Juri_Uluots, lk 11
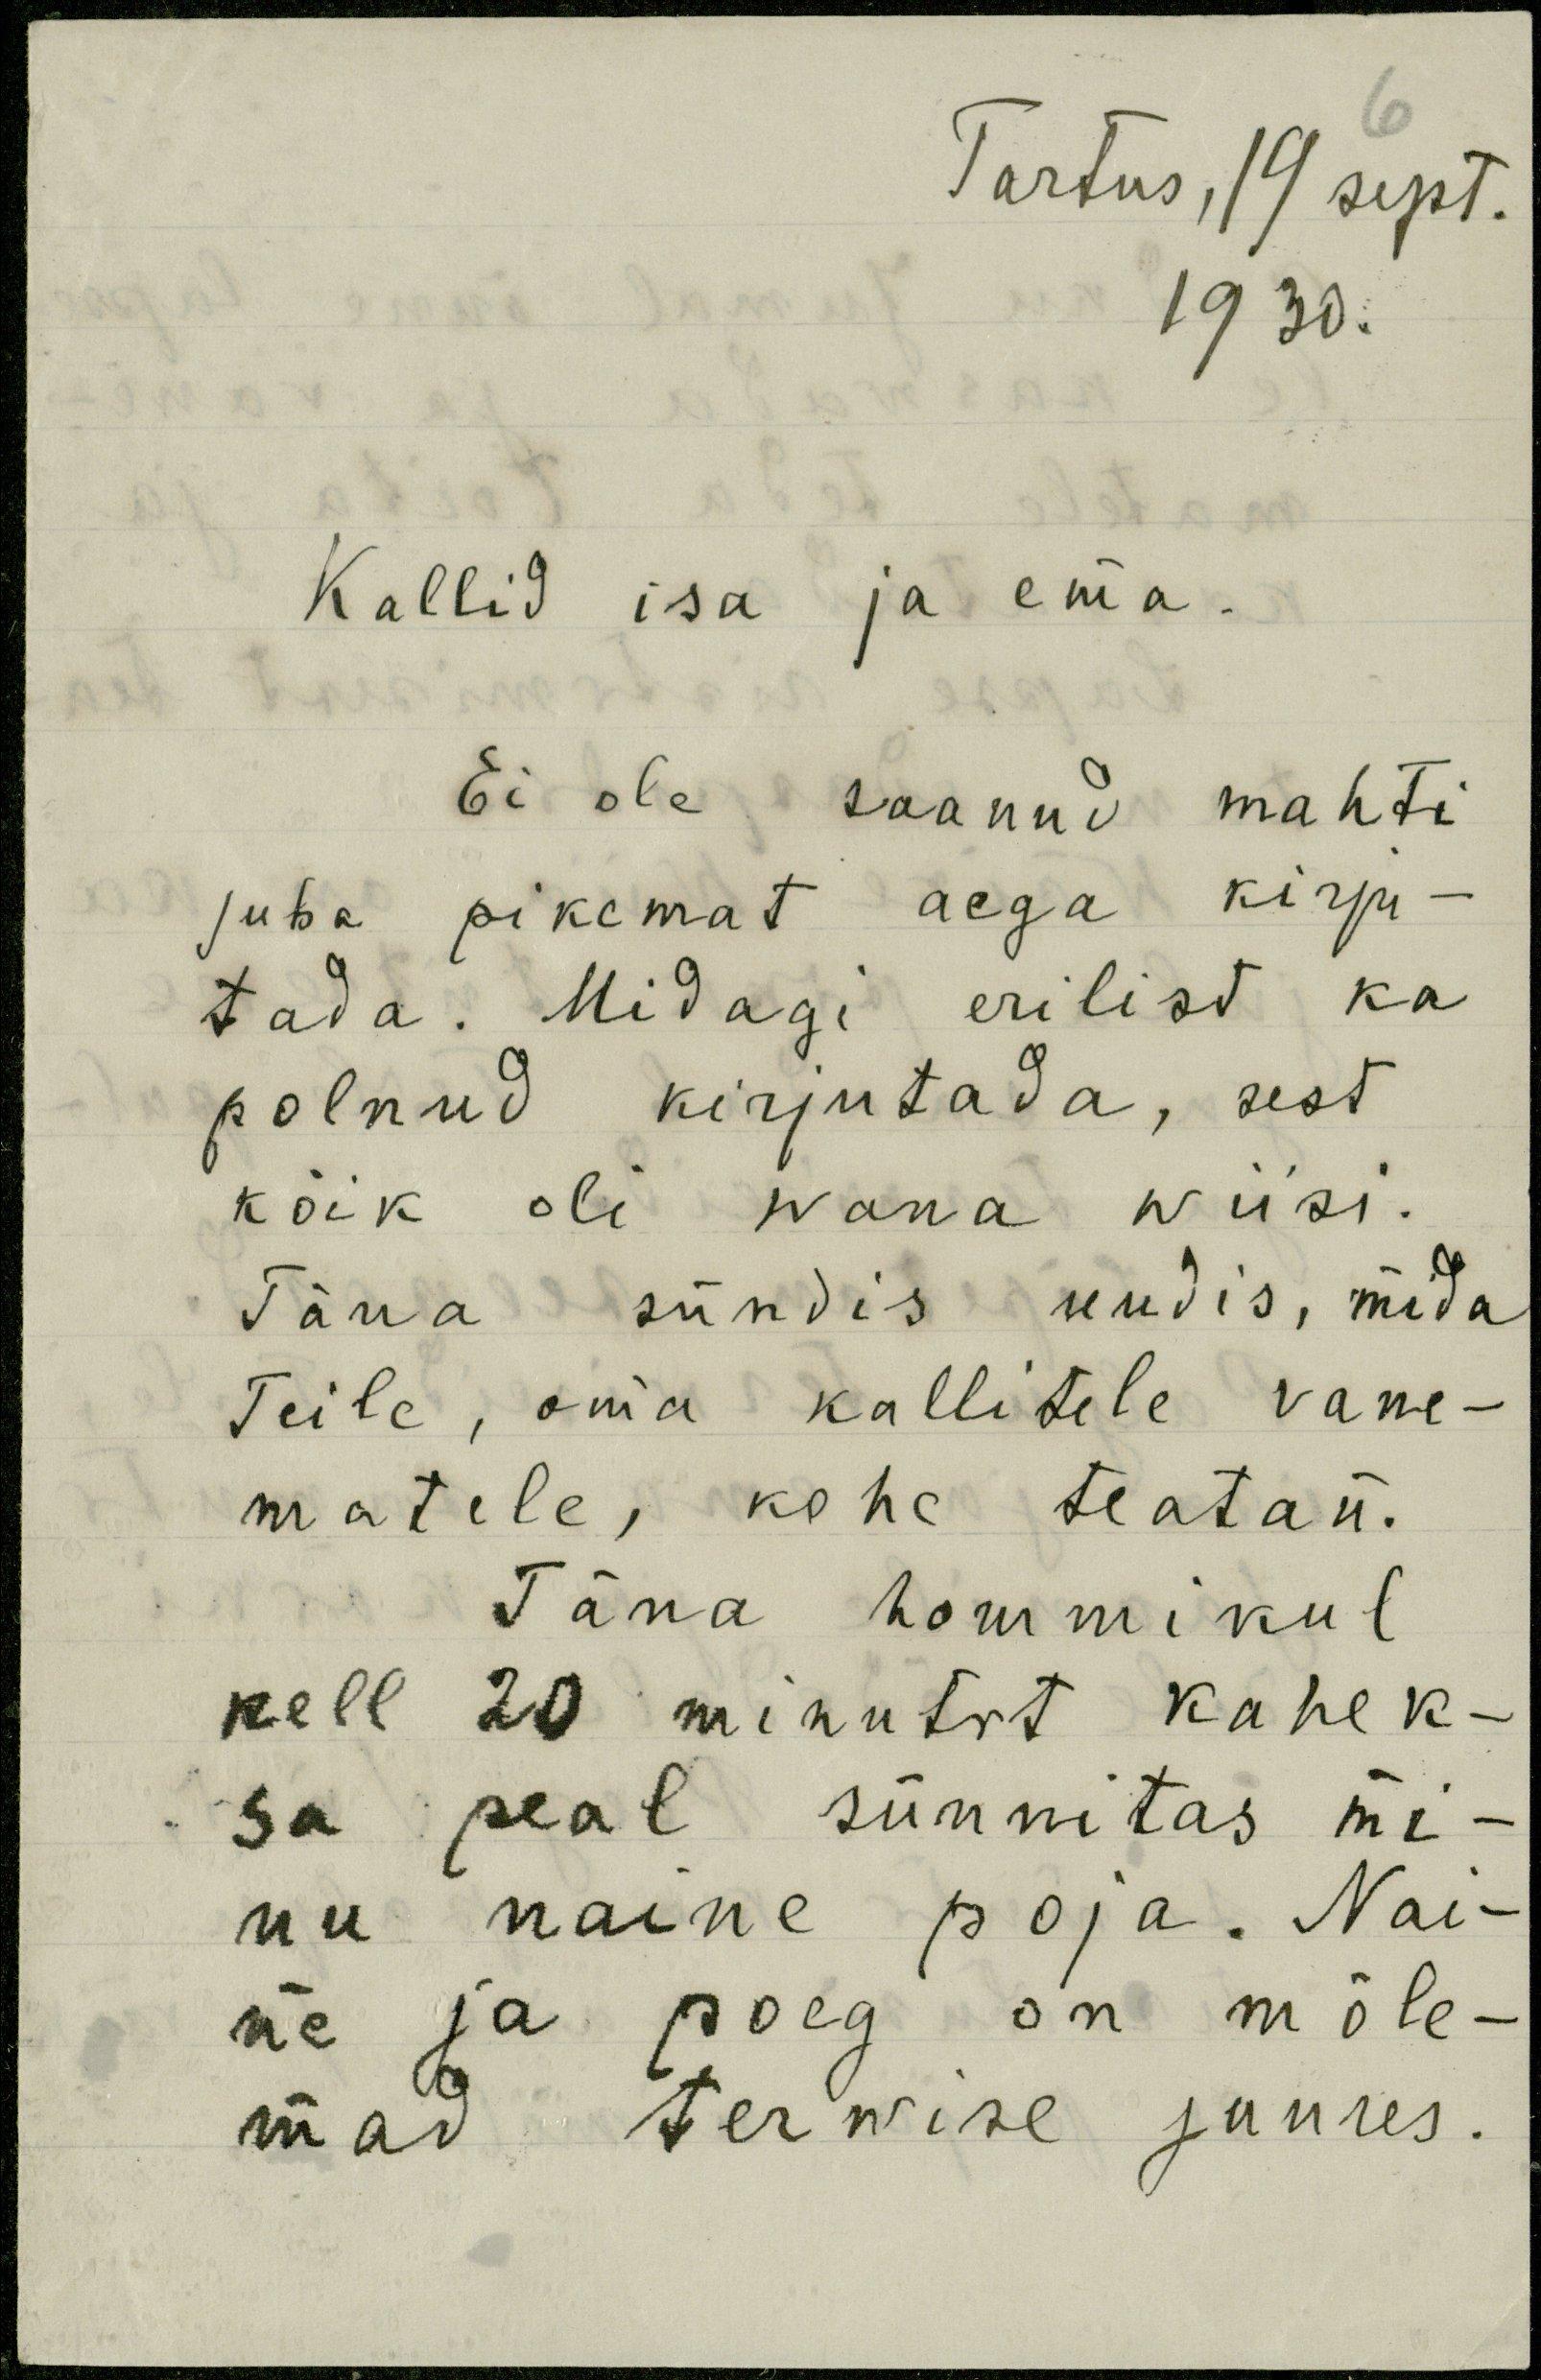
Tartus, 19 sept.
1930.
Kallid isa ja ema.
Ei ole saanud mahti
juba pikemat aega kirju-
tada. Midagi erilisd ka
polnud kirjutada, sest
kõik oli wana wiisi.
Täna sündis uudis, mida
Teile, oma kallitele vane-
matele, kohe teatan.
Täna hommikul
kell 20 minutit kahek-
sa peal sünnitas mi-
nu naine poja. Nai-
ne ja poeg on mõle-
mad terwise juures.